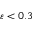
\varepsilon < 0 . 3